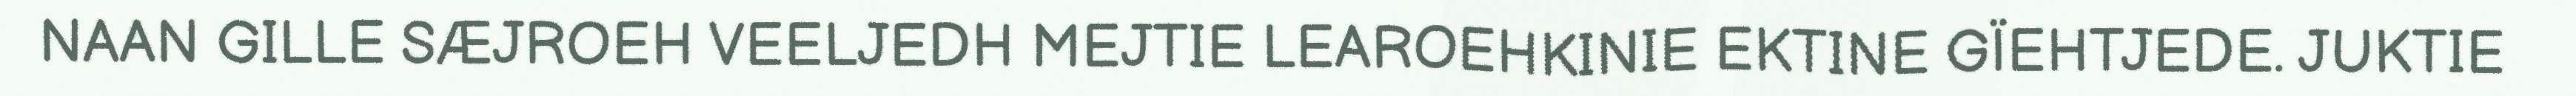
NAAN GILLE SÆJROEH VEELJEDH MEJTIE LEAROEHKINIE EKTINE GÏEHTJEDE. JUKTIE